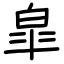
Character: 皐